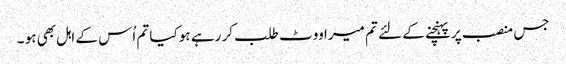
جس منصب پر پہنچنے کے لئے تم میرا ووٹ طلب کر رہے ہو کیا تم اُس کے اہل بھی ہو ۔